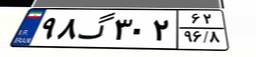
۹۸گ۳۰۲۶۲